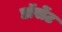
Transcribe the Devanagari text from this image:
डॉसेंट